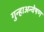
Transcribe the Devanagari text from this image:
गुन्हाअन्वेषण